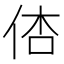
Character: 𠉉